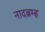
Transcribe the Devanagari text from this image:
नादब्रम्ह